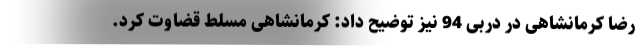
رضا کرمانشاهی در دربی 94 نیز توضیح داد: کرمانشاهی مسلط قضاوت کرد.